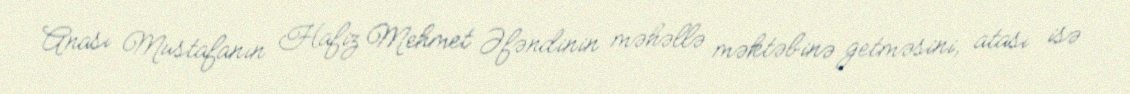
Anası Mustafanın Hafiz Mehmet Əfəndinin məhəllə məktəbinə getməsini, atası isə